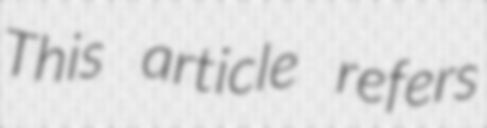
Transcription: This article refers